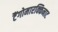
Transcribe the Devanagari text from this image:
टैंगोमारक्किनाट